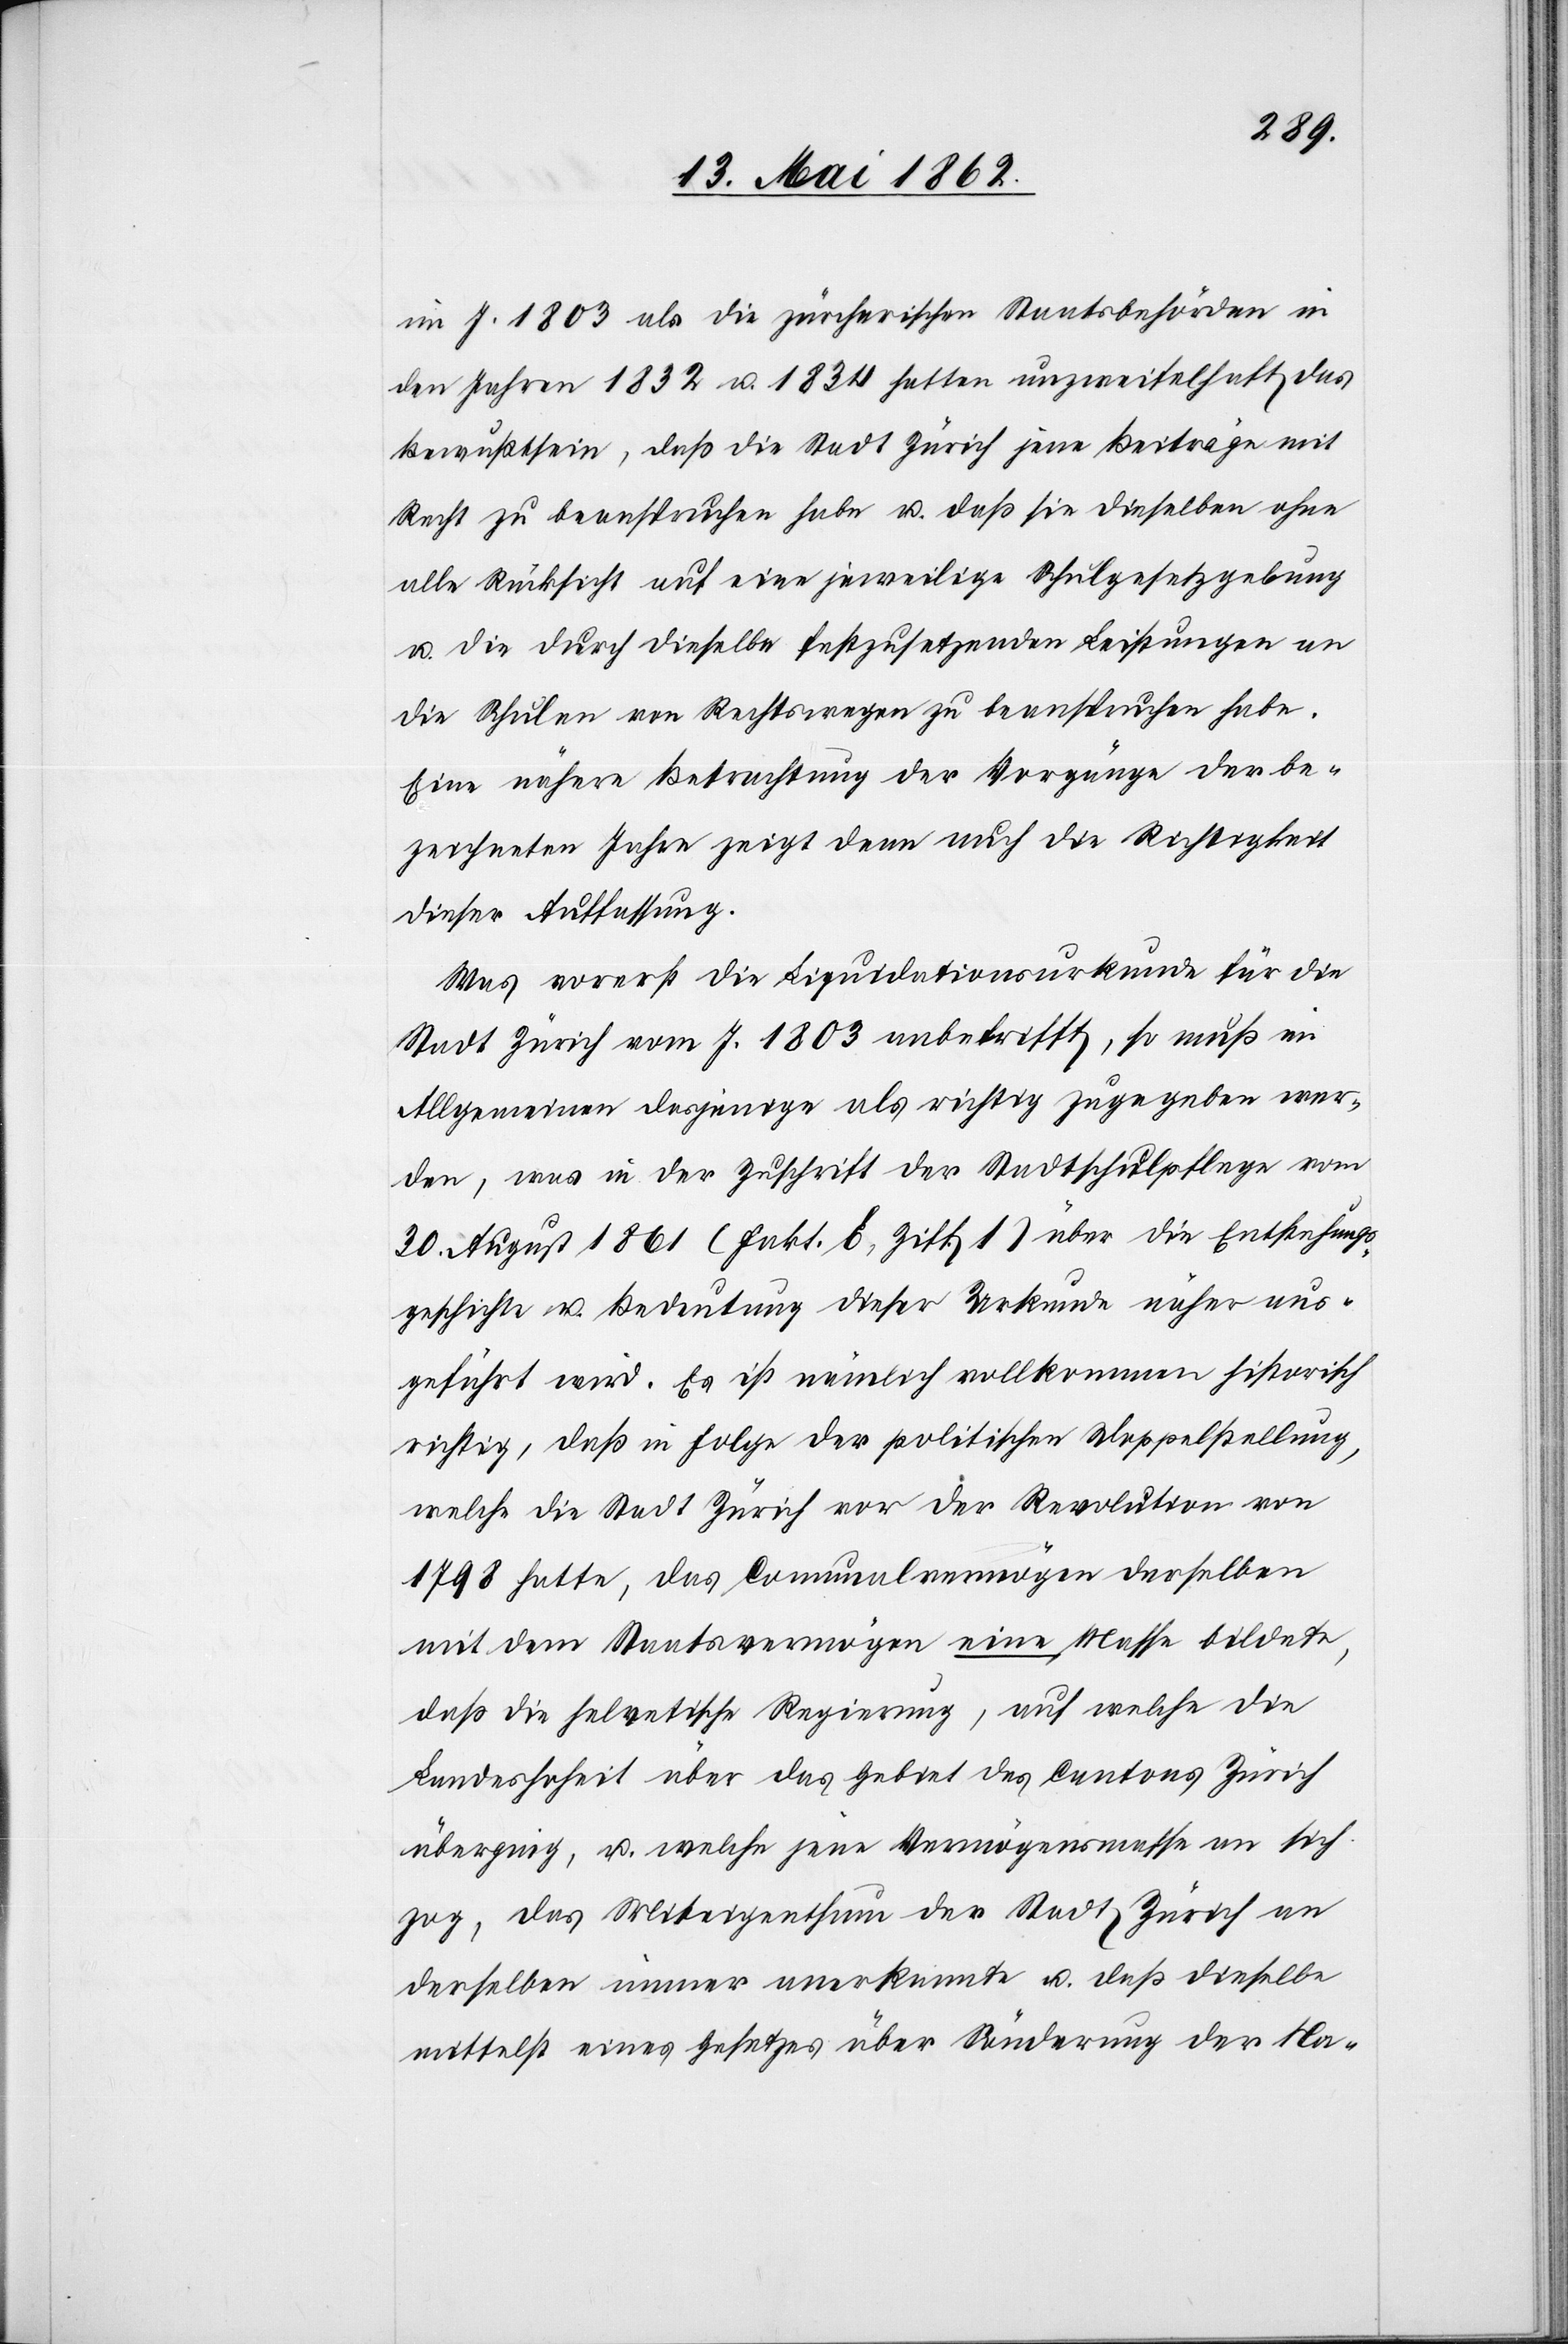
im J. 1803 als die zürcherischen Staatsbehörden in
den Jahren 1832 u. 1834 hatten unzweifelhaft das
Bewußtsein, daß die Stadt Zürich jene Beiträge mit
Recht zu beanspruchen habe u. daß sie dieselben ohne
alle Rücksicht auf eine jeweilige Schulgesetzgebung
u. die durch dieselbe festzusetzenden Leistungen an
die Schulen von Rechtswegen zu beanspruchen habe.
Eine nähere Betrachtung der Vorgänge der be¬
zeichneten Jahre zeigt denn auch die Richtigkeit
dieser Auffassung.
Was vorerst die Liquidationsurkunde für die
Stadt Zürich vom J. 1803 anbetrifft, so muß im
Allgemeinen dasjenige als richtig zugegeben wer¬
den, was in der Zuschrift der Stadtschulpflege vom
30. August 1861 (Fakt. E, Ziff 1) über die Entstehungs¬
geschichte u. Bedeutung dieser Urkunde näher aus¬
geführt wird. Es ist nämlich vollkommen historisch
richtig, daß in Folge der politischen Doppelstellung,
welche die Stadt Zürich vor der Revolution vom
1798 hatte, das Comunalvermögen derselben
mit dem Staatsvermögen eine Masse bildete,
daß die helvetische Regierung, auf welche die
Landeshoheit über das Gebiet des Cantons Zürich
überging, u. welche jene Vermögensmasse an sich
zog, das Miteigenthum der Stadt Zürich an
derselben immer anerkannte u. daß dieselbe
mittelst eines Gesetzes über Sönderung der Na-